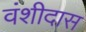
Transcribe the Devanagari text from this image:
वंशीदास